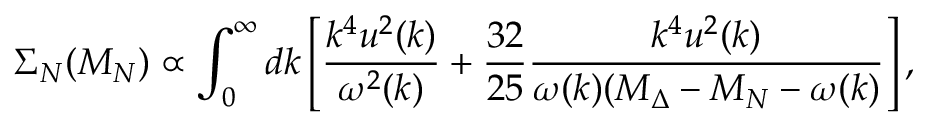
\Sigma _ { N } ( M _ { N } ) \propto \int _ { 0 } ^ { \infty } d k \left[ { \frac { k ^ { 4 } u ^ { 2 } ( k ) } { \omega ^ { 2 } ( k ) } } + { \frac { 3 2 } { 2 5 } } { \frac { k ^ { 4 } u ^ { 2 } ( k ) } { \omega ( k ) ( M _ { \Delta } - M _ { N } - \omega ( k ) } } \right] ,